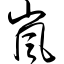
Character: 岚